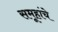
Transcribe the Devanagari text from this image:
समूहांचे